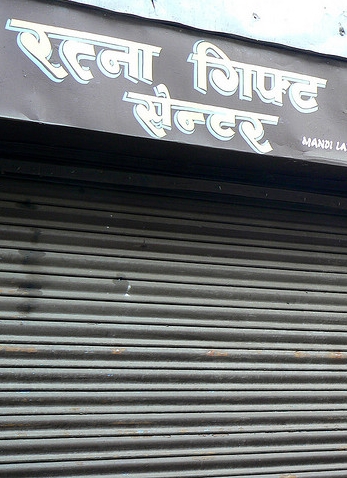
Language: hindi
Transcription: रत्ना सेन्टर गिफ्ट